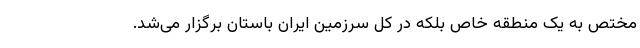
مختص به یک منطقه خاص بلکه در کل سرزمین ایران باستان برگزار می‌شد.